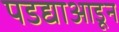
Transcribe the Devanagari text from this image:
पडद्याआडून